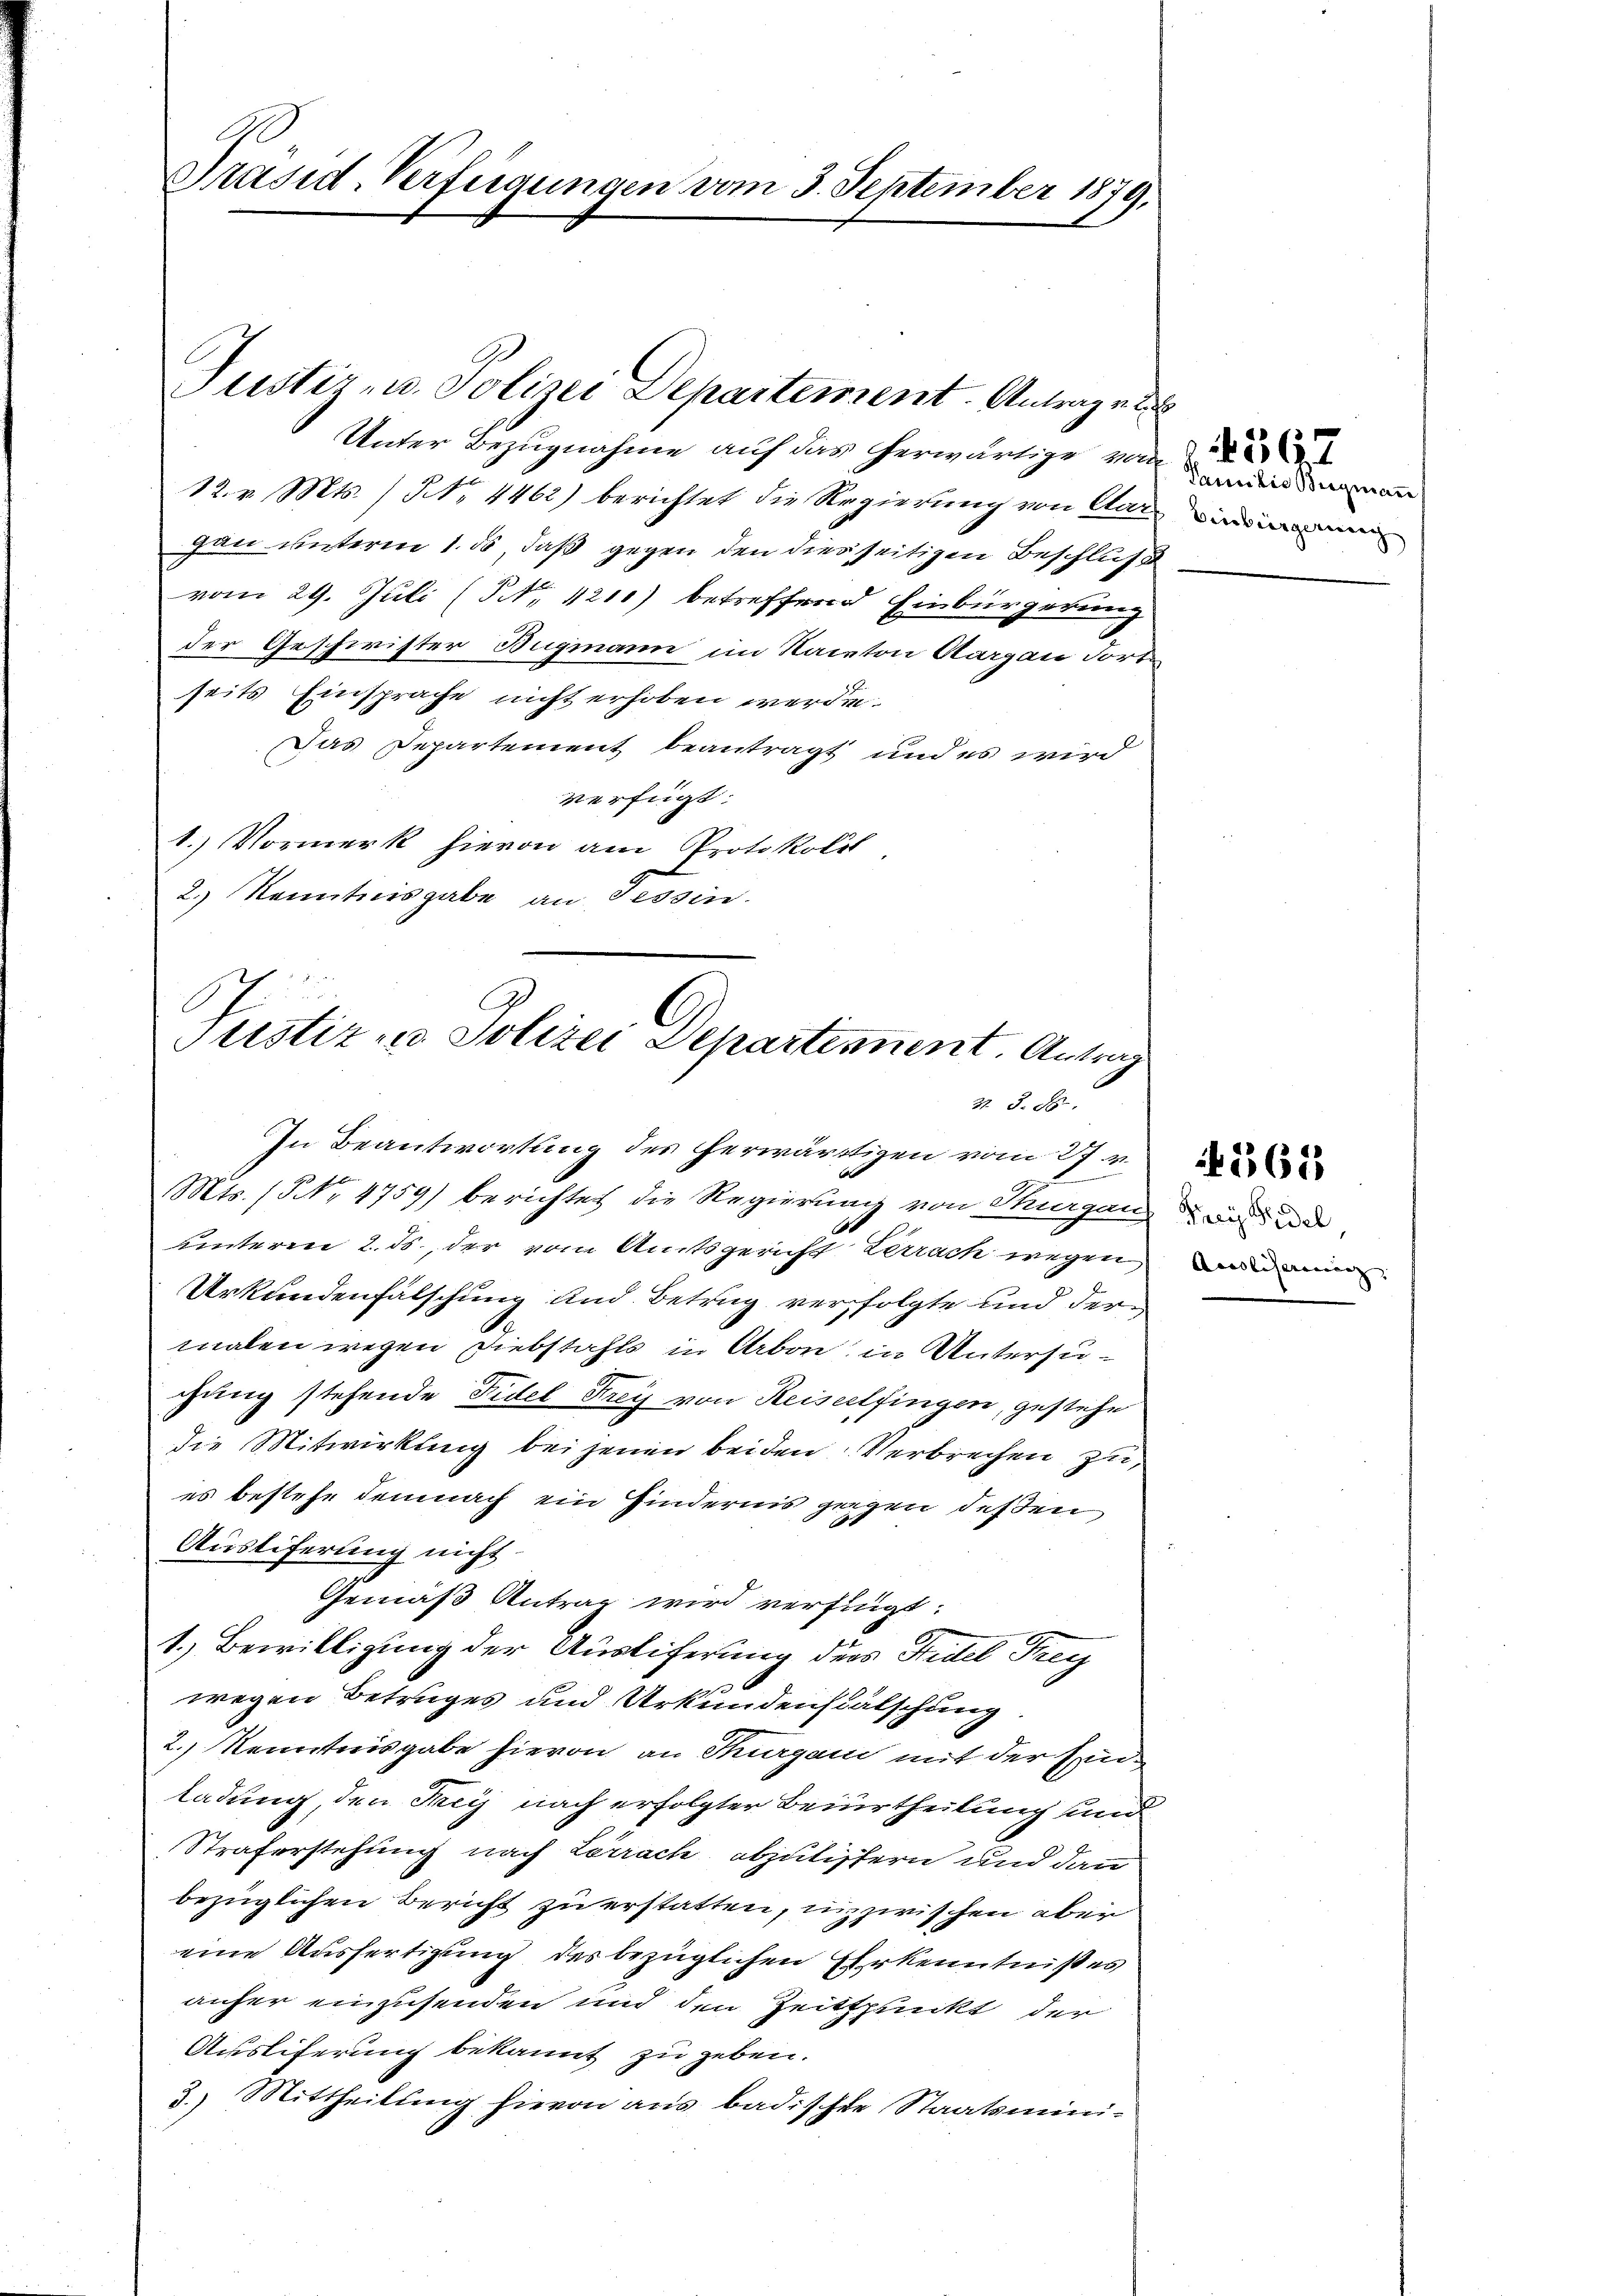
Präsid-Verfügungen vom 3. September 1879,

Unter Bezugnahme auf das herwärtige vom
12. v. Mts. / NNo. 4462) berichtet die Regierung von An
gau unteren 1. ds, daß gegen den diesseitigen Beschluß
vom 29. Juli (NNo. 1210) betreffend Einbürgerung
der Geschwister Bugmann im Kanton Aargau dortseits Einsprache nicht erhoben werden.
Das Departement beantragt und es wird
verfügt:
1.) Vormerk hievon am Protokoll
2.) Kenntnisgabe an Tessin.

Justiz- u. Polizei Departement. Antrage

Justiz und Polizei Departement. Antrag
3. §. 8.

malen wegen Diebstahls in Arbon in Untersuchung stehende Fidel Krey von Reiselfingen, gestehe
die Mitwirkung bei jenen beiden Verbrechen zu
es bestehe demnach ein Hindernis gegen dessen
Austiferung nicht.
Gemäß Antrag wird verfügt:
1.) Bewilligung der Ausliferung ders Fidel Frey
wegen Betruges und Urkundenfälschung.
2.) Kenntnisgabe hievon an Thurgani mit der Einladung, den Frey nach erfolgter Beiurtheilung und
Straferstehung nach Lörrach abzulistern und dann
bezüglichen Bericht zu erstatten, inzwischen aber
eine Ausfertigung des bezüglichen Erkenntnißes
anher einzusenden und den Zeitpunkt der
Ausliferung bekannt zu geben.
3.) Mittheilung hievon aus badischen Staatsmini¬

In Beantwortung des herwärtigen vom 27. r.
1
Mts. (NNo. 4759) berichtet die Regierung von Thurgau
uinteren 2. ds., der vom Amtsgericht Zerrach wegen
Urkundenfälschung und Betrug verfolgte und der

Familie Bergmann

Frei Fidel
Acalisirendenz |

565